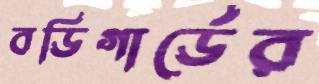
বডিগার্ডের